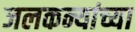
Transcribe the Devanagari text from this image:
जलकन्यांच्या